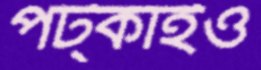
পট্‌কাইও